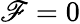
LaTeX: \mathscr{F}=0